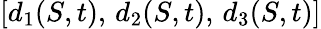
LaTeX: [d_{1}(S,t),\, d_{2}(S,t),\, d_{3}(S,t)]